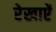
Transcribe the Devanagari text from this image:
रेखाऐं